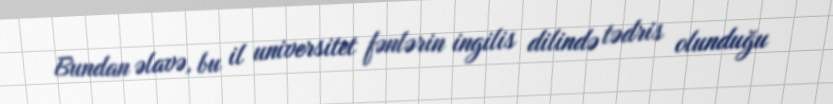
Bundan əlavə, bu il universitet fənlərin ingilis dilində tədris olunduğu